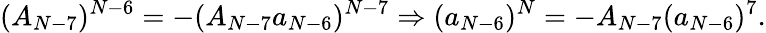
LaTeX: (A_{N-7})^{N-6}=-(A_{N-7}a_{N-6})^{N-7}\Rightarrow(a_{N-6})^{N}=-A_{N-7}(a_{N-6})^{7}.